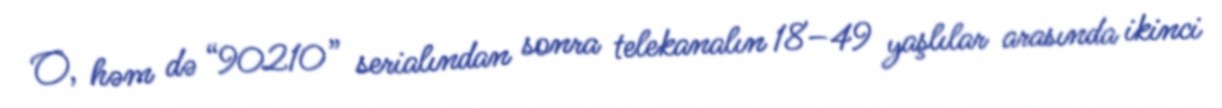
O, həm də “90210” serialından sonra telekanalın 18–49 yaşlılar arasında ikinci